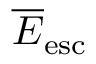
\overline { E } _ { \mathrm { e s c } }